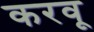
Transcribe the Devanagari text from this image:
करवू